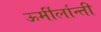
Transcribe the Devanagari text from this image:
ऊर्मीर्लान्ती